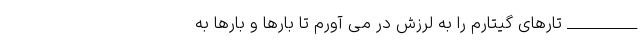
__________ تارهای گیتارم را به لرزش در می آورم تا بارها و بارها به